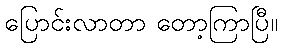
ပြောင်းလာတာ တော့ကြာပြီ။